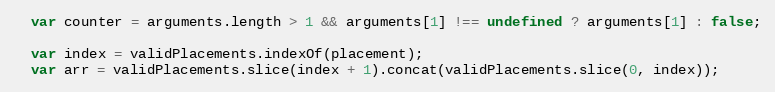
Language: JavaScript
  var counter = arguments.length > 1 && arguments[1] !== undefined ? arguments[1] : false;

  var index = validPlacements.indexOf(placement);
  var arr = validPlacements.slice(index + 1).concat(validPlacements.slice(0, index));